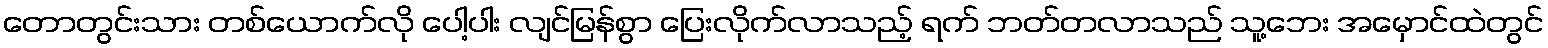
တောတွင်းသား တစ်ယောက်လို ပေါ့ပါး လျင်မြန်စွာ ပြေးလိုက်လာသည့် ရက် ဘတ်တလာသည် သူ့ဘေး အမှောင်ထဲတွင်